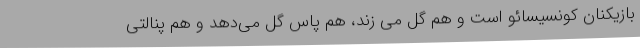
بازیکنان کونسیسائو است و هم گل می‌ زند، هم پاس گل می‌دهد و هم پنالتی